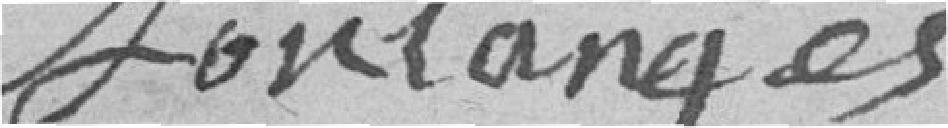
Sontanges